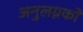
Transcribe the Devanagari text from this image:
अनुलग्नकों